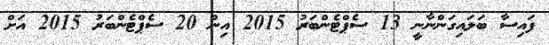
ފައިސާ ބަލައިގަންނާނީ 13 ސެޕްޓެންބަރު 2015 އިން 20 ސެޕްޓެންބަރު 2015 އަށް